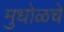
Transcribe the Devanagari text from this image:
मुधोळचे